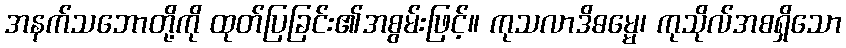
အနက်သဘောတို့ကို ထုတ်ပြခြင်း၏အစွမ်းဖြင့်။ ကုသလာဒိဓမ္မေ၊ ကုသိုလ်အစရှိသော